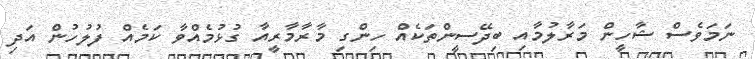
ނަމަވެސް ޝާހީން މަރާލުމާއި ބިދޭސީންތަކެއް ހިންގި މާރާމާރީއާ ގުޅުމެއްވާ ކަމެއް ފުލުހުން އަދި